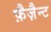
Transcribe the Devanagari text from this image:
फ़ैज़ैन्ट